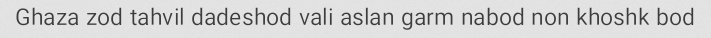
Ghaza zod tahvil dadeshod vali aslan garm nabod non khoshk bod